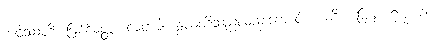
ဘဝိဿတိ၊ ဖြစ်လတ္တံ့။ လတဝါ၊ နွယ်တို့သည်လည်းကောင်း။ ယဒိ၊ မြေမှ။ ရုက္ခာဝါ၊